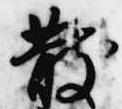
散